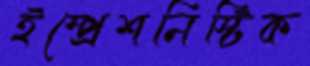
ইম্প্রেশনিস্টিক